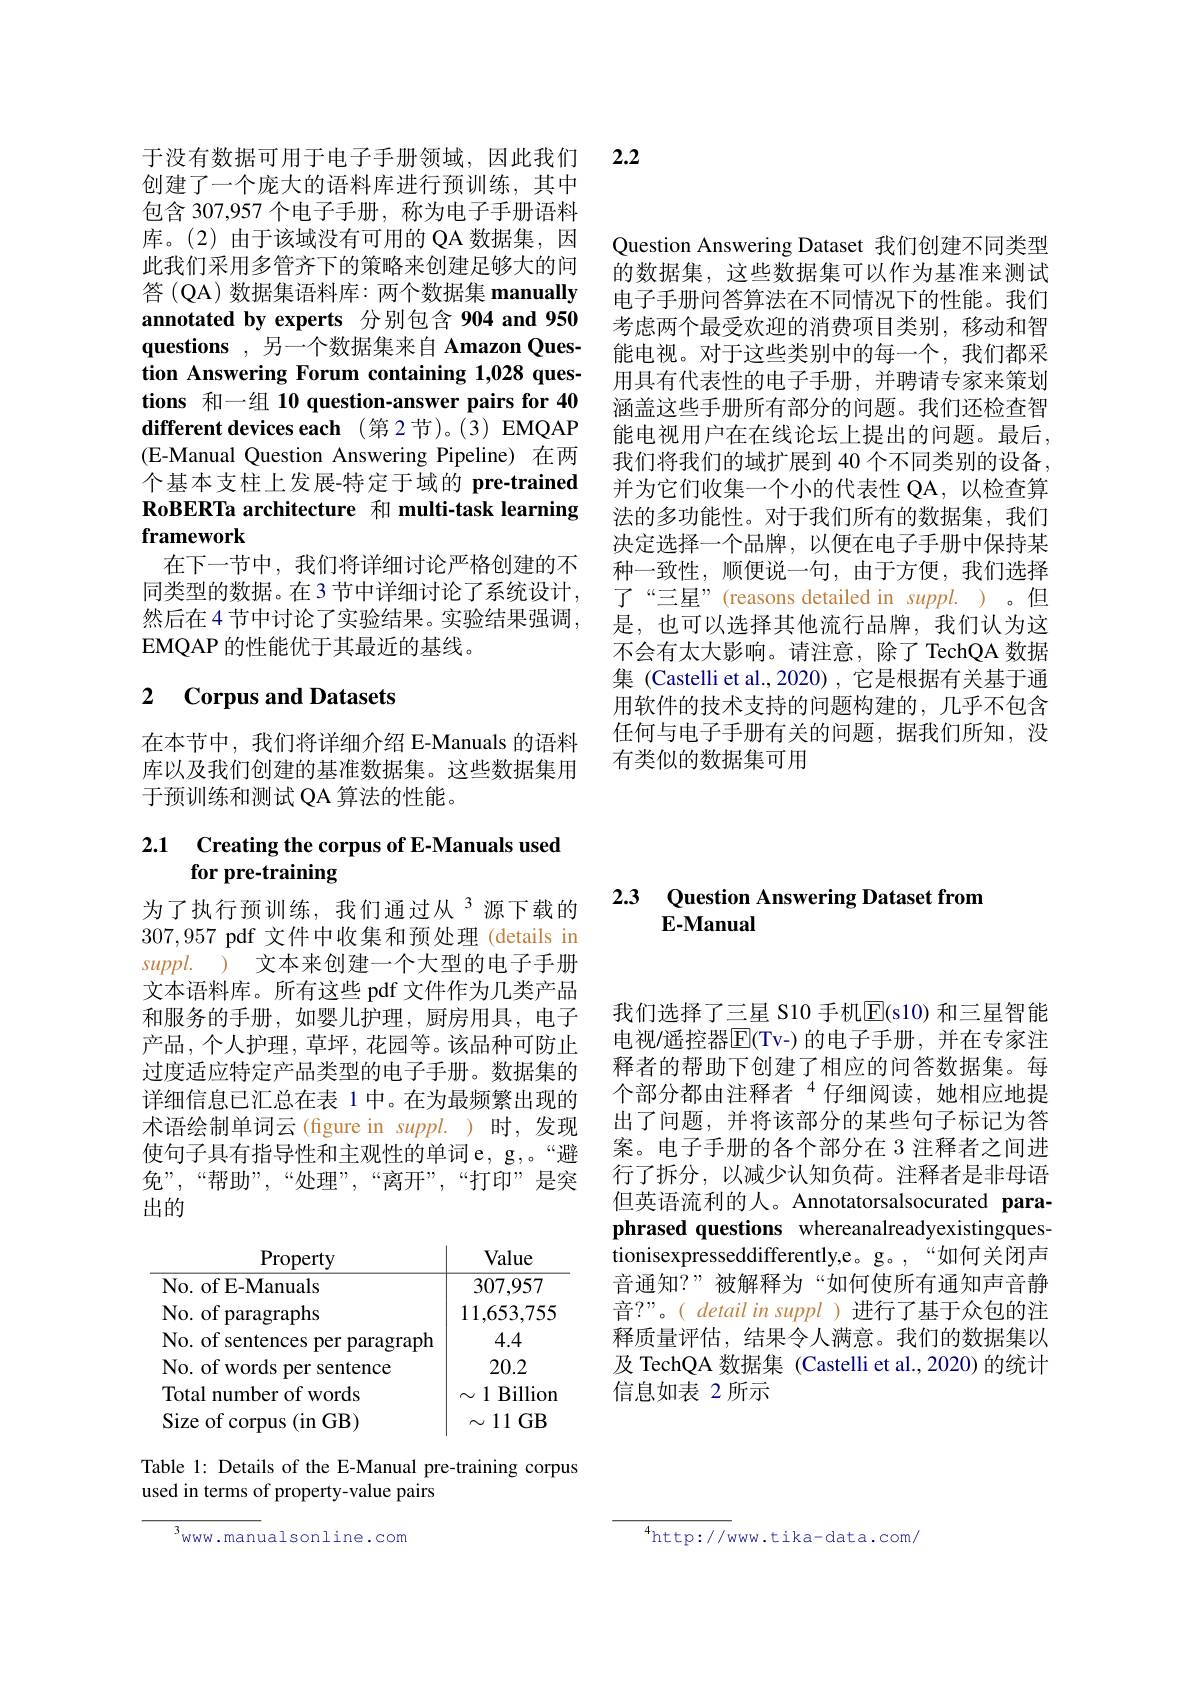
Question Answering Dataset 我们创建不同类型的数据集，这些数据集可以作为基准来测试电子手册问答算法在不同情况下的性能。我们考虑两个最受欢迎的消费项目类别，移动和智能电视。对于这些类别中的每一个，我们都采用具有代表性的电子手册，并聘请专家来策划涵盖这些手册所有部分的问题。我们还检查智能电视用户在在线论坛上提出的问题。最后， 我们将我们的域扩展到 40 个不同类别的设备， 并为它们收集一个小的代表性 QA,以检查算法的多功能性。对于我们所有的数据集，我们决定选择一个品牌，以便在电子手册中保持某种一致性，顺便说一句，由于方便，我们选择了“三星”(reasons detailed in suppl.)。但是，也可以选择其他流行品牌，我们认为这不会有太大影响。请注意，除了 TechQA 数据集 (Castelli et al.,2020),它是根据有关基于通用软件的技术支持的问题构建的，几乎不包含任何与电子手册有关的问题，据我们所知，没有类似的数据集可用

创建了一个庞大的语料库进行预训练，其中包含 307,957 个电子手册，称为电子手册语料库。(2)由于该域没有可用的 QA 数据集，因此我们采用多管齐下的策略来创建足够大的问答 (QA) 数据集语料库：两个数据集 manually annotated by experts 分别包含 904 and 950 questions ,另一个数据集来自 Amazon Question Answering Forum containing 1,028 questions 和一组 10 question-answer pairs for 40 different devices each (第2节)。(3) EMQAP (E-Manual Question Answering Pipeline) 在两个基本支柱上发展-特定于域的 pre-trained RoBERTa architecture 和 multi-task learning framework
在下一节中，我们将详细讨论严格创建的不同类型的数据。在 3 节中详细讨论了系统设计， 然后在 4 节中讨论了实验结果。实验结果强调， EMQAP 的性能优于其最近的基线。

# 2 Corpus and Datasets

在本节中，我们将详细介绍 E-Manuals 的语料库以及我们创建的基准数据集。这些数据集用于预训练和测试 QA 算法的性能。

## 2.1 Creating the corpus of E-Manuals used for pre-training

为了执行预训练，我们通过从$^{3}$源下载的307,957 pdf 文件中收集和预处理(details in $suppl.$ ) 文本来创建一个大型的电子手册文本语料库。所有这些 pdf 文件作为几类产品和服务的手册，如婴儿护理，厨房用具，电子产品，个人护理，草坪，花园等。该品种可防止过度适应特定产品类型的电子手册。数据集的详细信息已汇总在表 1 中。在为最频繁出现的术语绘制单词云(figure in suppl.)时，发现使句子具有指导性和主观性的单词e，g,。“避免”,“帮助”,“处理”,“离开”,“打印”是突出的

<table>
	<tbody>
		<tr>
			<th>$\operatorname{Property}$</th>
			<th>Value</th>
		</tr>
		<tr>
			<td>No. of E-Manuals</td>
			<td>307,957</td>
		</tr>
		<tr>
			<td>No. of paragraphs</td>
			<td>11,653,755</td>
		</tr>
		<tr>
			<td>No. of words per sentence</td>
			<td>20.2</td>
		</tr>
		<tr>
			<td>Total number of words</td>
			<td>$\mathbf{B}$illion $\sim$ 1</td>
		</tr>
		<tr>
			<td>Size of corpus ${\mathrm{s}}\left({\mathrm{in}}\:{\mathrm{GB}}\right)$</td>
			<td>$\sim11$GB</td>
		</tr>
	</tbody>
</table>

Table 1: Details of the E-Manual pre-training corpus
used in terms of property-value pairs

$^{3}$www.manualsonline.com

于没有数据可用于电子手册领域，因此我们 2.2

# 2.3 Question Answering Dataset from $E-Manual$

我们选择了三星 S10 手机$\overline{\mathrm{E}}($s10) 和三星智能电视/遥控器$\overline{\mathrm{E}}($Tv-)的电子手册，并在专家注释者的帮助下创建了相应的问答数据集。每个部分都由注释者“仔细阅读，她相应地提出了问题，并将该部分的某些句子标记为答案。电子手册的各个部分在 3 注释者之间进行了拆分，以减少认知负荷。注释者是非母语但英语流利的人。Annotatorsalsocurated paraphrased questions whereanalreadyexistingquestionisexpresseddifferently,e。g。“如何关闭声音通知？”被解释为“如何使所有通知声音静音？”。( detail in suppl )进行了基于众包的注释质量评估，结果令人满意。我们的数据集以及 TechQA 数据集 (Castelli et al.,2020) 的统计信息如表 2 所示

${^{4}\mathrm{http://w}}$ww.tika-data.com/